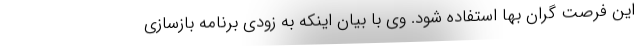
این فرصت گران بها استفاده شود. وی با بیان اینکه به زودی برنامه بازسازی